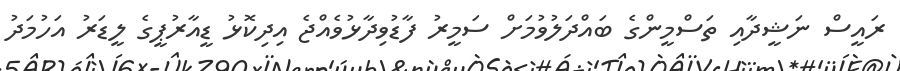
ރައީސް ނަޝީދާއި ތަސްމީންގެ ބައްދަލުވުމަށް ސަމީރު ފާޑުވިދާޅުވެއްޖެ އިދިކޮޅު ޑީއާރުޕީގެ ލީޑަރު އަހުމަދު